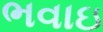
ભવાઇ